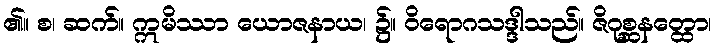
၏။ စ၊ ဆက်။ ဣမိဿာ ယောဇနာယ၊ ၌။ ဝိရောဂသဒ္ဒါသည်။ ဇိဂုစ္ဆနတ္ထော၊